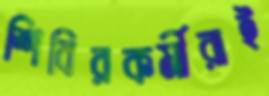
শিবিরকর্মীরাই